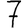
Digit: 7